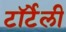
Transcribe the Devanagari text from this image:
टॉर्टेली